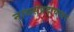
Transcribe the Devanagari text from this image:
नाथसंप्रदायावर